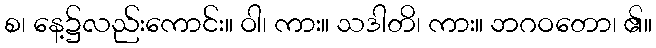
စ၊ နေ့၌လည်းကောင်း။ ဝါ၊ ကား။ သဒါတိ၊ ကား။ ဘဂဝတော၊ ၏။